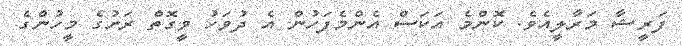
ފަރީޝާ މަރާލީއެވެ. ކޮންމެ އަކަސް އެންމެފަހުން އެ ދުވަހު ވީގޮތް ރަށުގެ މީހުންގެ